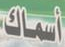
أسماك